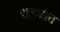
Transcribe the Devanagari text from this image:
धड्यात